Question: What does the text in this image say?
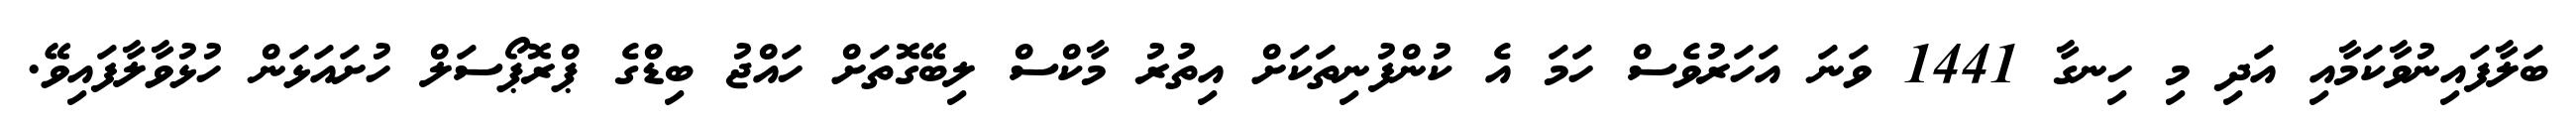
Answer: ބަލާފައިނުވާކަމާއި އަދި މި ހިނގާ 1441 ވަނަ އަހަރުވެސް ހަމަ އެ ކުންފުނިތަކަށް އިތުރު މާކްސް ލިބޭގޮތަށް ހައްޖު ބިޑްގެ ޕްރޮޕޯސަލް ހުށައަޅަން ހުޅުވާލާފައިވޭ.